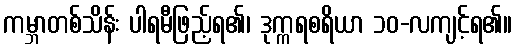
ကမ္ဘာတစ်သိန်း ပါရမီဖြည့်ရ၏၊ ဒုက္ကရစရိယာ ၁၀-လကျင့်ရ၏။